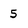
Character: 5